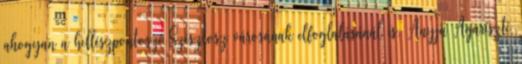
ahogyan a hellészpontoszi Szésztosz városának elfoglalásánál is. Anyja Agariszté